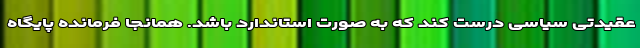
عقیدتی سیاسی درست کند که به صورت استاندارد باشد. همانجا فرمانده پایگاه